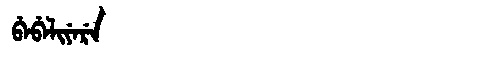
Manchu: ᠪᡝᠪᡝᠯᡳᠶᡝᡵᡝ
Romanization: BEBELIYERE